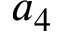
a _ { 4 }